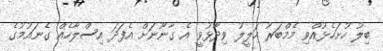
ބިލު ހުށަހެޅުއްވި މެމްބަރު ހަލީލު ވިދާޅުވީ އެ ގާނޫނަށް އެފަދަ އިސްލާހެއް ގެނައުމުގެ